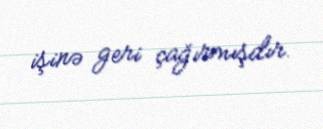
işinə geri çağırmışdır.